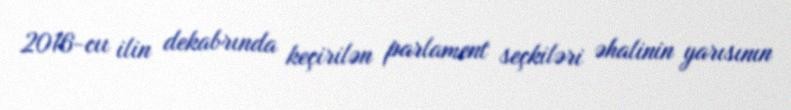
2016-cıı ilin dekabrında keçirilən parlament seçkiləri əhalinin yarısının